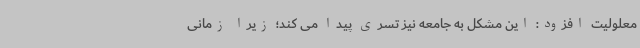
معلولیت افزود: این مشکل به جامعه نیز تسری پیدا می کند؛ زیرا زمانی